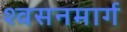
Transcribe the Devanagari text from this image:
श्‍वसनमार्ग